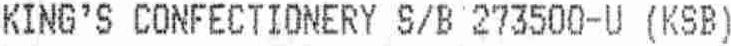
KING'S CONFECTIONERY S/B 273500-U (KSB)